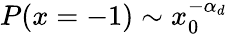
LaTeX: P(x=-1)\sim x_{0}^{-\alpha_{d}}